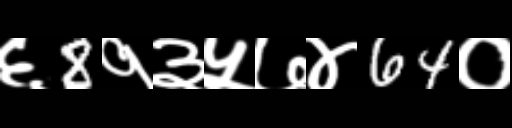
Text: ६8१३५७४64०